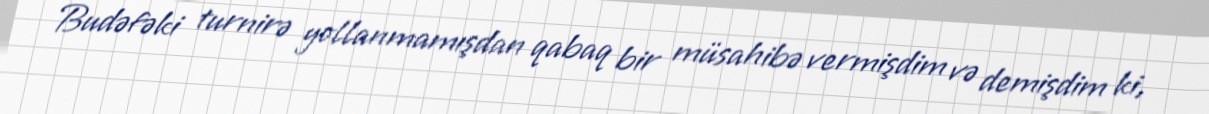
Budəfəki turnirə yollanmamışdan qabaq bir müsahibə vermişdim və demişdim ki,